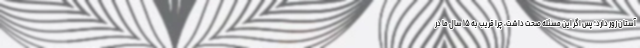
آستان زور دارد؛ پس اگر این مسئله صحت داشت، چرا قریب به ۱۵ سال ما در